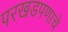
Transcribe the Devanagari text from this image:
परखडपणाचे